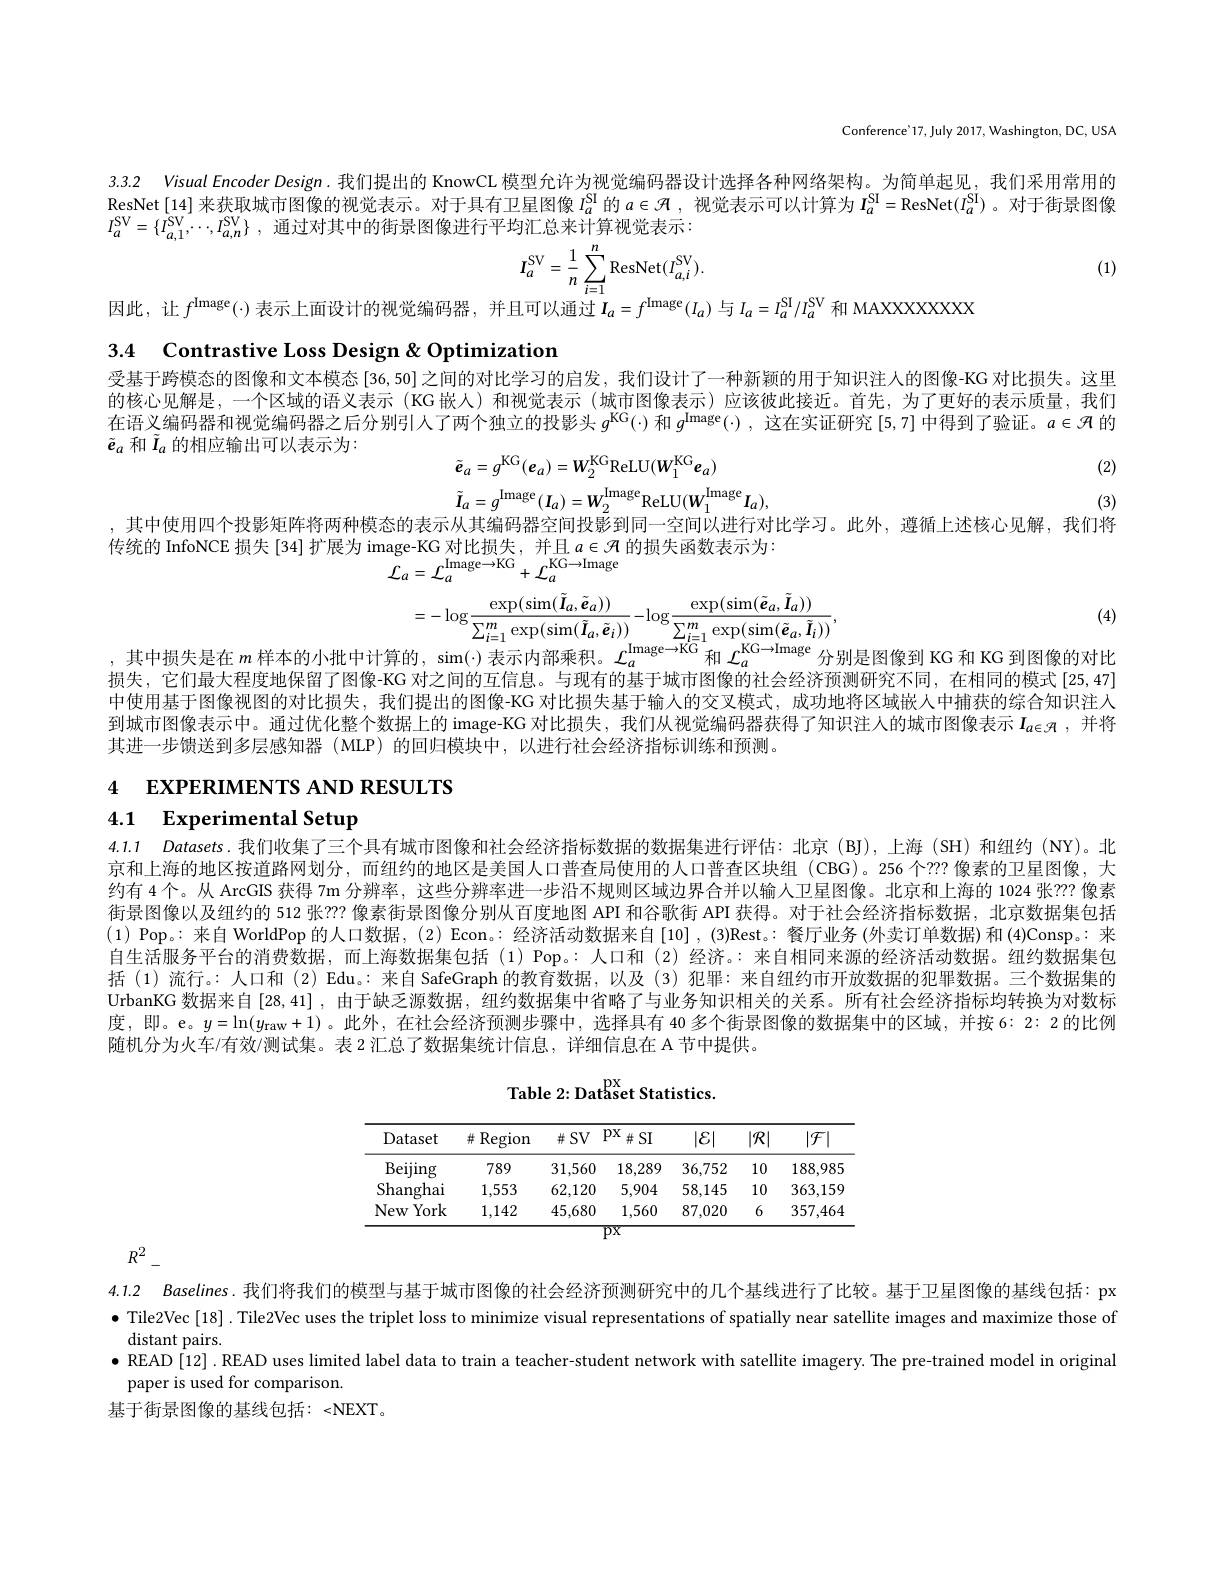
Conference'17, July 2017, Washington, DC, USA

3.3.2 Visual Encoder Design. 我们提出的 KnowCL 模型允许为视觉编码器设计选择各种网络架构。为简单起见，我们采用常用的

ResNet[14] 来获取城市图像的视觉表示。对于具有卫星图像$l_a^\mathrm{Sl}$的$a\in\mathcal{H}$ , 视觉表示可以计算为$I_a^\mathrm{Sl}=\operatorname{ResNet}(I_a^\mathrm{Sl})$ 。对于街景图像
$I_{a}^{\mathrm{SV}}= \{ \bar{I} _{a, 1}^{\mathrm{SV}}, \cdots , I_{a, n}^{\mathrm{SV}}\}$ ,通过对其中的街景图像进行平均汇总来计算视觉表示：
$$I_{a}^{\mathrm{SV}}=\frac{1}{n}\sum_{i=1}^{n}\mathrm{ResNet}(I_{a,i}^{\mathrm{SV}}).$$
(1)

因此，让$f^\mathrm(\cdot)$表示上面设计的视觉编码器，并且可以通过$I_a=f^\mathrm(I_a)$与$I_a=I_a^\mathrm{SI}/I_a^\mathrm{SV}$和 MAXXXXXXXXX

3.4 Contrastive Loss Design & Optimization

受基于跨模态的图像和文本模态[36,50]之间的对比学习的启发，我们设计了一种新颖的用于知识注人的图像-KG 对比损失。这里的核心见解是 ,一个区域的语义表示 (KG 嵌人)和视觉表示 (城市图像表示)应该彼此接近。首先，为了更好的表示质量，我们在语义编码器和视觉编码器之后分别引人了两个独立的投影头$g^\mathrm{KG}(\cdot)$和$g^\mathrm(\cdot)$,这在实证研究 [5,7] 中得到了验证。$a\in\mathscr{R}$的$\tilde{\boldsymbol{e}}_a$和$\tilde{I}_a$的相应输出可以表示为：

(2)
$$\tilde{e}_{a}=g^{\mathrm{KG}}(e_{a})=W_{2}^{\mathrm{KG}}\mathrm{ReLU}(W_{1}^{\mathrm{KG}}e_{a})$$
$$\tilde{I}_{a}=g^{\mathrm}(I_{a})=W_{2}^{\mathrm}\mathrm{ReLU}(W_{1}^{\mathrm}I_{a})$$
(3)

,其中使用四个投影矩阵将两种模态的表示从其编码器空间投影到同一空间以进行对比学习。此外，遵循上述核心见解，我们将
传统的 InfoNCE 损失[34]扩展为 image-KG 对比损失，并且$a\in\mathcal{H}$的损失函数表示为：
${\mathcal{L}}_{a}={\mathcal{L}}_{a}^{\mathrm\to\mathrm{KG}}+{\mathcal{L}}_{a}^{\mathrm{KG}\to\mathrm}$

(4)
$$=-\log\frac{\exp(\sin(\tilde{\boldsymbol{I}}_{a},\tilde{\boldsymbol{e}}_{a}))}{\sum_{i=1}^{m}\exp(\sin(\tilde{\boldsymbol{I}}_{a},\tilde{\boldsymbol{e}}_{i}))}-\log\frac{\exp(\sin(\tilde{\boldsymbol{e}}_{a},\tilde{\boldsymbol{I}}_{a}))}{\sum_{i=1}^{m}\exp(\sin(\tilde{\boldsymbol{e}}_{a},\tilde{\boldsymbol{I}}_{i}))},\\\text{的,}\:\sin(\cdot)\:\text{表示内部乘积。}\:\mathcal{L}_{a}^{\mathrm\to\mathrm{KG}}\:\text{和}\:\mathcal{L}_{a}^{\mathrm{KG}\to\mathrm}\:\text{分别}$$
损失，它们最大程度地保留了图像-KG 对之间的互信息。与现有的基于城市图像的社会经济预测研究不同，在相同的模式[25,47] 中使用基于图像视图的对比损失，我们提出的图像-KG 对比损失基于输人的交叉模式，成功地将区域嵌人中捕获的综合知识注入到城市图像表示中。通过优化整个数据上的 image-KG 对比损失，我们从视觉编码器获得了知识注人的城市图像表示$I_{a\in\mathscr{F}}$ ,并将其进一步馈送到多层感知器 (MLP) 的回归模块中，以进行社会经济指标训练和预测。

# 4 EXPERIMENTS AND RESULTS 4.1 Experimental Setup

4.1.1 Datasets.我们收集了三个具有城市图像和社会经济指标数据的数据集进行评估：北京(BJ),上海(SH)和纽约(NY)。北京和上海的地区按道路网划分，而纽约的地区是美国人口普查局使用的人口普查区块组 (CBG)。256 个？?? 像素的卫星图像，大约有 4 个。从 ArcGIS 获得 7m 分辨率，这些分辨率进一步沿不规则区域边界合并以输人卫星图像。北京和上海的 1024 张？?? 像素街景图像以及纽约的 512 张？?? 像素街景图像分别从百度地图 API 和谷歌街 API 获得。对于社会经济指标数据，北京数据集包括(1) Pop。: 来自 WorldPop 的人口数据，(2) Econ。: 经济活动数据来自[10] , (3)Rest。: 餐厅业务(外卖订单数据)和 (4)Consp。: 来自生活服务平台的消费数据，而上海数据集包括(1)Pop。:人口和(2)经济。:来自相同来源的经济活动数据。纽约数据集包括(1)流行。:人口和(2)Edu。: 来自 SafeGraph 的教育数据，以及(3)犯罪：来自纽约市开放数据的犯罪数据。三个数据集的UrbanKG 数据来自[28,41] ,由于缺乏源数据，纽约数据集中省略了与业务知识相关的关系。所有社会经济指标均转换为对数标度，即。e。$y=\ln(y_\mathrm{raw}+1)$ 。此外，在社会经济预测步骤中，选择具有 40 多个街景图像的数据集中的区域，并按 6: 2: 2 的比例随机分为火车/有效/测试集。表 2汇总了数据集统计信息，详细信息在 A 节中提供。
$$\text{Table 2: Dataset Statistics.}$$
<table>
	<tbody>
		<tr>
			<th>Dataset</th>
			<th>Region 升</th>
			<th>$\#SV$</th>
			<th>$px$ 并 SI</th>
			<th>$|\varepsilon|$</th>
			<th>$|\mathcal{R}|$ 1</th>
			<th>$|\mathcal{F}|$</th>
		</tr>
		<tr>
			<td>Beijing</td>
			<td>789</td>
			<td>31,560</td>
			<td>18,289</td>
			<td>36,752</td>
			<td>10</td>
			<td>188,985</td>
		</tr>
		<tr>
			<td>Shanghai</td>
			<td>1,553</td>
			<td>62,120</td>
			<td>5,904</td>
			<td>58,145</td>
			<td>10</td>
			<td>363,159</td>
		</tr>
		<tr>
			<td>New York</td>
			<td>1,142</td>
			<td>45,680</td>
			<td>1,560</td>
			<td>87,020</td>
			<td>6</td>
			<td>357,464</td>
		</tr>
	</tbody>
</table>

$R^2-$

4.1.2 Baselines.我们将我们的模型与基于城市图像的社会经济预测研究中的几个基线进行了比较。基于卫星图像的基线包括：px $\bullet$ Tile2Vec[18]. Tile2Vec uses the triplet loss to minimize visual representations of spatially near satellite images and maximize those of distant pairs.
$\bullet$ READ[12]. READ uses limited label data to train a teacher-student network with satellite imagery. The pre-trained model in original
paper is used for comparison.
基于街景图像的基线包括：<NEXT。